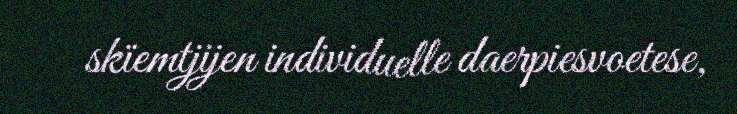
skïemtjijen individuelle daerpiesvoetese,